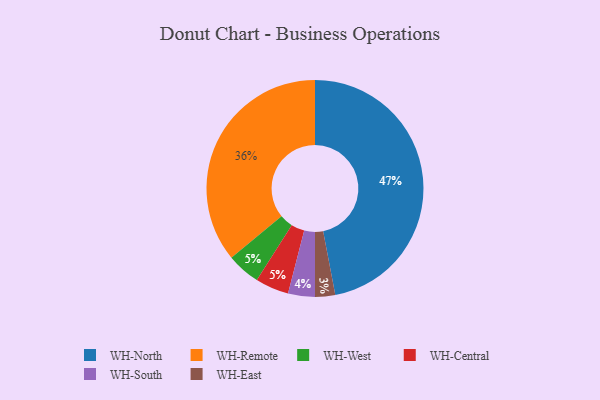
{"axis": {"x": "Category", "y": "Percentage"}, "legend": ["WH-Central", "WH-East", "WH-North", "WH-Remote", "WH-South", "WH-West"], "data": [{"x": "WH-North", "y": 47, "type": "WH-North"}, {"x": "WH-East", "y": 3, "type": "WH-East"}, {"x": "WH-Remote", "y": 36, "type": "WH-Remote"}, {"x": "WH-South", "y": 4, "type": "WH-South"}, {"x": "WH-West", "y": 5, "type": "WH-West"}, {"x": "WH-Central", "y": 5, "type": "WH-Central"}]}